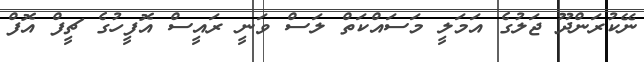
ނޭކުރަންދޫ ޖަލުގެ އަމަލީ މަސައްކަތް ލަސް ވަނީ ރައީސް އޮފީހުގެ ޗީފް އޮފް